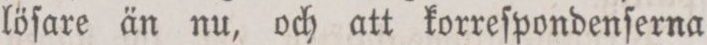
löſare än nu, och att korreſpondenſerna